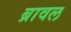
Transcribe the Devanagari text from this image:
ब्रावल